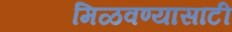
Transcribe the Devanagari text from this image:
मिळवण्यासाटी